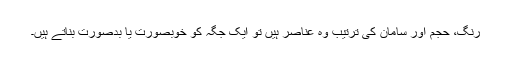
رنگ، حجم اور سامان کی ترتیب وہ عناصر ہیں تو ایک جگہ کو خوبصورت یا بدصورت بناتے ہیں۔